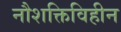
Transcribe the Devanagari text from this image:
नौशक्तिविहीन